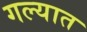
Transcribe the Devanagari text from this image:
गल्यात